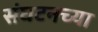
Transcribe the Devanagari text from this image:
संघटनच्या